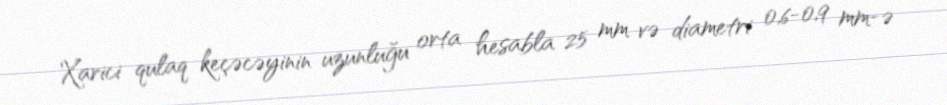
Xarici qulaq keçəcəyinin uzunluğu orta hesabla 25 mm və diametri 0,6-0,9 mm-ə